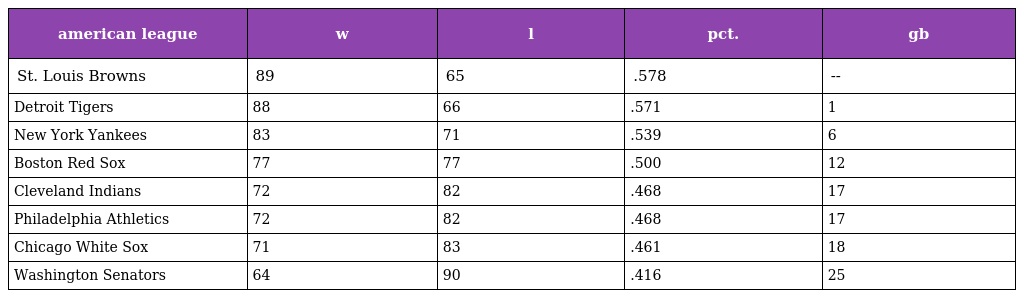
| american league | w | l | pct. | gb |
 | --- | --- | --- | --- | --- |
 | St. Louis Browns | 89 | 65 | .578 | -- |
 | Detroit Tigers | 88 | 66 | .571 | 1 |
 | New York Yankees | 83 | 71 | .539 | 6 |
 | Boston Red Sox | 77 | 77 | .500 | 12 |
 | Cleveland Indians | 72 | 82 | .468 | 17 |
 | Philadelphia Athletics | 72 | 82 | .468 | 17 |
 | Chicago White Sox | 71 | 83 | .461 | 18 |
 | Washington Senators | 64 | 90 | .416 | 25 |